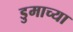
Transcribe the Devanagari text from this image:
डुमाच्या